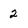
Character: 2